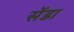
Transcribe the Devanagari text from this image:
सेंडा